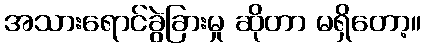
အသားရောင်ခွဲခြားမှု ဆိုတာ မရှိတော့။